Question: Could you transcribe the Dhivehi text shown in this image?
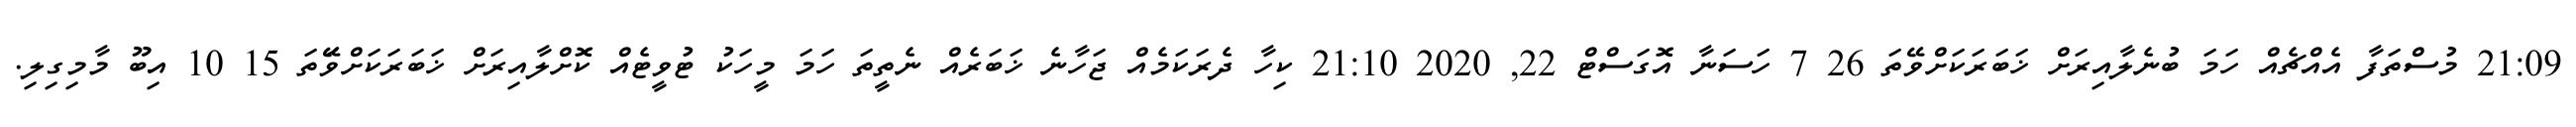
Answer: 21:09 މުސްތަފާ އެއްޗެއް ހަމަ ބުނެލާއިރަށް ޚަބަރަކަށްވޭތަ 26 7 ހަސަނާ އޮގަސްޓް 22, 2020 21:10 ކިހާ ދެރަކަމެއް ޖަހާނެ ޚަބަރެއް ނެތީތަ ހަމަ މީހަކު ޓުވީޓެއް ކޮށްލާއިރަށް ޚަބަރަކަށްވޭަތަ 15 10 އިބޫ މާމިގިލި.